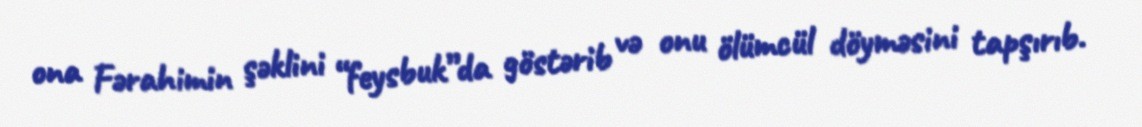
ona Fərahimin şəklini “feysbuk”da göstərib və onu ölümcül döyməsini tapşırıb.